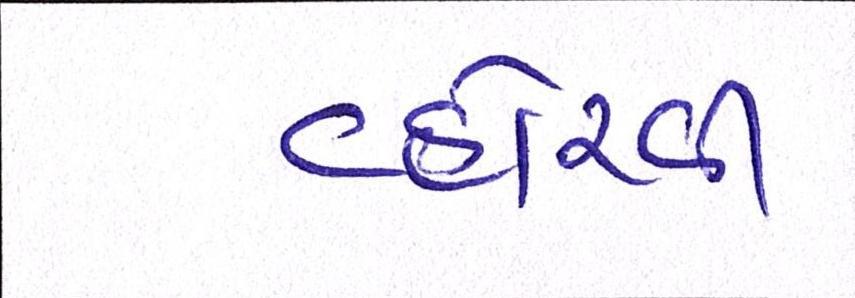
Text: વ્હોરવી